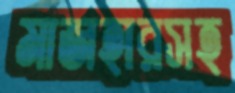
মাজহারসহ